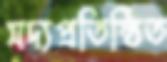
সদ্যপ্রতিষ্ঠিত